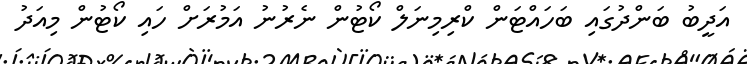
އަދީބު ބަންދުގައި ބަހައްޓަން ކްރިމިނަލް ކޯޓުން ނެރުނު އަމުރަށް ހައި ކޯޓުން މިއަދު